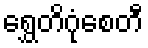
ရွှေတိဂုံစေတီ